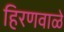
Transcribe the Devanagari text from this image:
हिरणवाळे